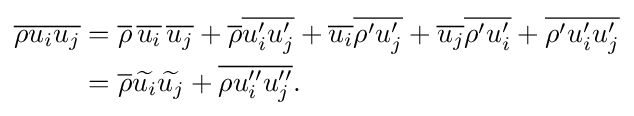
{\begin{aligned}{\overline {\rho u_{i}u_{j}}}&={\overline {\rho }}\,{\overline {u_{i}}}\,{\overline {u_{j}}}+{\overline {\rho }}{\overline {u_{i}'u_{j}'}}+{\overline {u_{i}}}{\overline {\rho 'u_{j}'}}+{\overline {u_{j}}}{\overline {\rho 'u_{i}'}}+{\overline {\rho 'u_{i}'u_{j}'}}\\&={\overline {\rho }}{\widetilde {u_{i}}}{\widetilde {u_{j}}}+{\overline {\rho u_{i}''u_{j}''}}.\end{aligned}}